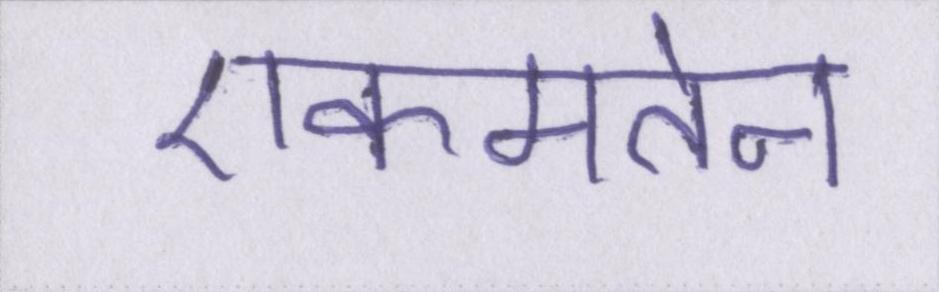
एकमतेन